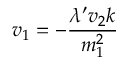
v _ { 1 } = - { \frac { \lambda ^ { \prime } v _ { 2 } k } { m _ { 1 } ^ { 2 } } }